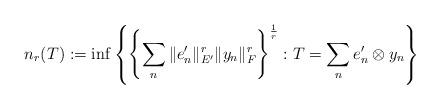
LaTeX: \begin{align*}n_r(T):=\inf\left\{ \left\{\sum_n \Vert e_n' \Vert^r_{E'}\Vert y_n \Vert^r_{F}\right\}^{\frac{1}{r}}: T=\sum_n e_n'\otimes y_n \right\}\end{align*}